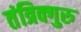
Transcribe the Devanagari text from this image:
तंत्रिक्गुरु